Tezpur Lunatic Asylum reports 1877-1894 - 1877-1894
Year: 1877
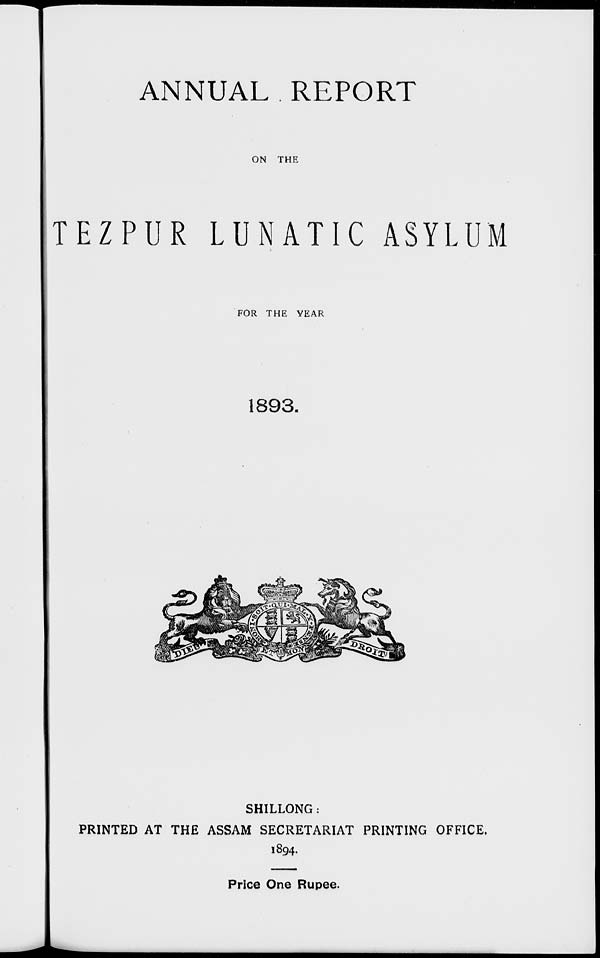
ANNUAL REPORT
ON THE
TEZPUR LUNATIC ASYLUM
FOR THE YEAR
1893.
SHILLONG:
PRINTED AT THE ASSAM SECRETARIAT PRINTING OFFICE.
1894.
Price One Rupee.